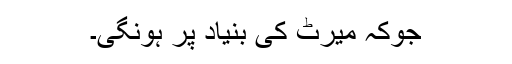
جوکہ میرٹ کی بنیاد پر ہونگی۔